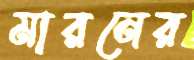
মারনের